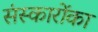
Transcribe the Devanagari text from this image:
संस्कारोंका